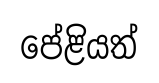
පේළියත්